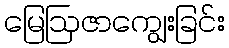
မြေဩဇာကျွေးခြင်း